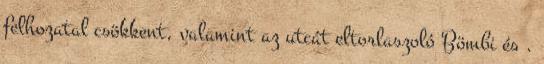
felhozatal csökkent, valamint az utcát eltorlaszoló Bömbi és .